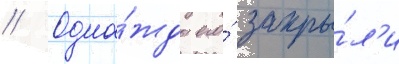
// Одна́жды его́ закры́л'и